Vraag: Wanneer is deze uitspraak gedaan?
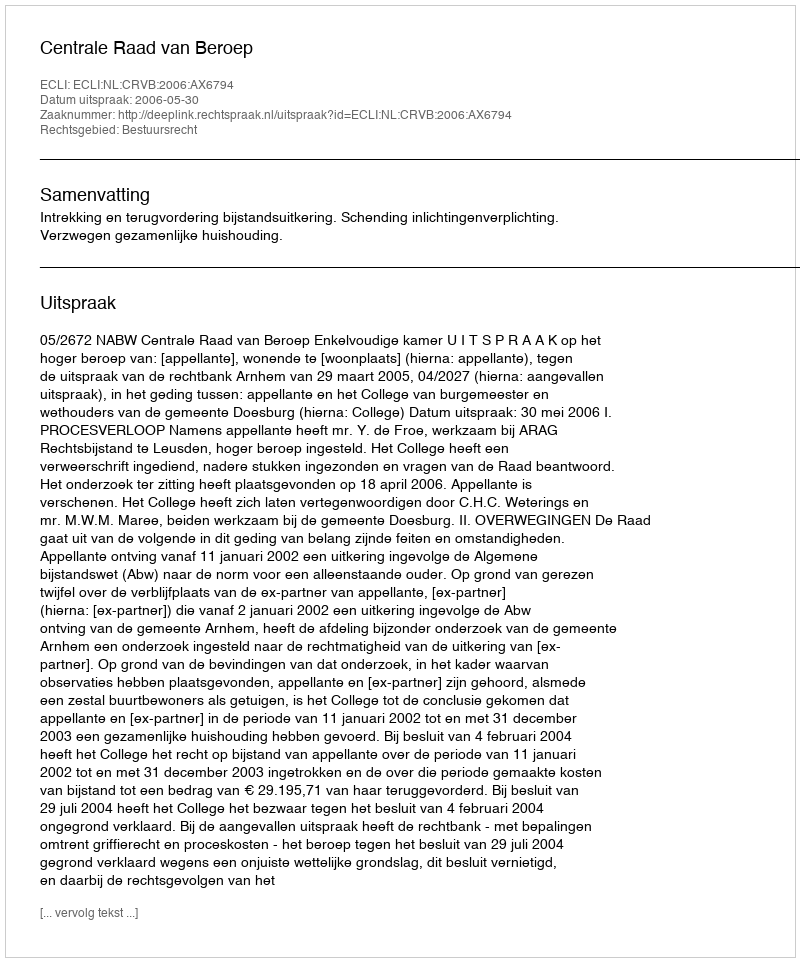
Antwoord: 2006-05-30